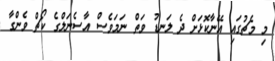
މި މެޗުގައި އޭނާކޮޅަށް ދެ ލަނޑު ވަތް ނަމަވެސް އާސެނަލްގެ ކޯޗް ވެންގާ